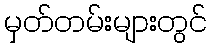
မှတ်တမ်းများတွင်